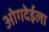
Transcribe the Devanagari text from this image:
ओगदेईला